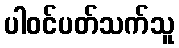
ပါဝင်ပတ်သက်သူ